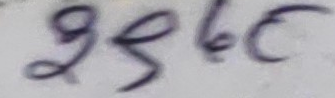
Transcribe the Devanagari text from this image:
996ह